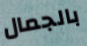
بالجمال